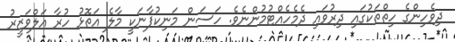
ދިވެހިންގެ ހިތްތަކުގައި ދިރުވައި ދެމެހެއްޓުމުންނެވެ. ހަސަން މަނިކުފާނަކީ މާލެ އަތޮޅު ހުރާ އަލްވަޒީރު